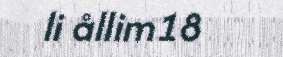
li ållim18